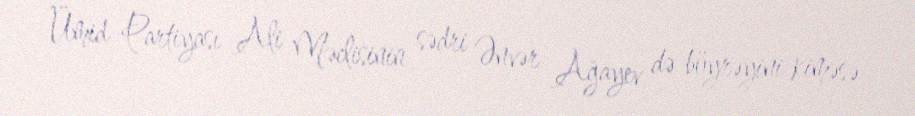
Ümid Partiyası Ali Məclisinin sədri Ənvər Ağayev də böyrəyini kiməsə